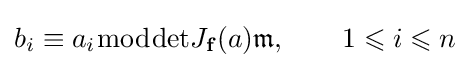
b_{i}\equiv a_{i}{\bmod {\det }}J_{\mathbf {f} }(a){\mathfrak {m}},\qquad 1\leqslant i\leqslant n